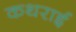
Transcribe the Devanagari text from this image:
कथराई